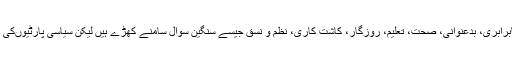
تقریباً بیس کروڑ کی آبادی والے اترپردیش میں اقتصادی نابرابری، بدعنوانی، صحت، تعلیم، روزگار، کاشت کاری، نظم و نسق جیسے سنگین سوال سامنے کھڑے ہیں لیکن سیاسی پارٹیوںکی انتخابی تشہیر میںان سوالوںکو قاعدے سے ترجیح نہیںملی۔